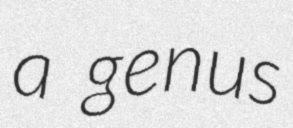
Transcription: a genus